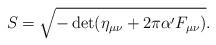
LaTeX: \begin{align*}S = \sqrt{-\det (\eta_{\mu \nu} + 2 \pi \alpha' F_{\mu \nu})}.\end{align*}